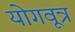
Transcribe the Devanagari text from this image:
योगवूत्र